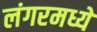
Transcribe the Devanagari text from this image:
लंगरमध्ये